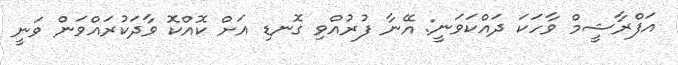
އަފްރާޝީމް ވާހަކަ ދައްކަވަނީ: އޭނާ ފުރުއްވި ގޮނޑި އަށް ކޮއްކޮ ވާދަކުރައްވަން ވަނީ